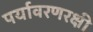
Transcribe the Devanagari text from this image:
पर्यावरणरक्षी